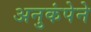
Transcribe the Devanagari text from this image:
अनुकंपेने